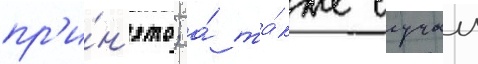
пр'и́н'ято; а́ та́кже случаи